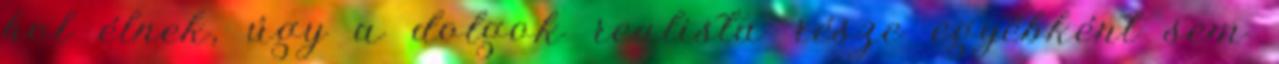
hol élnek, úgy a dolgok realista része egyébként sem